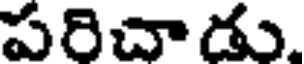
పరిచాడు.